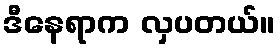
ဒီနေရာက လှပတယ်။